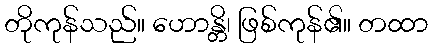
တိုကုန်သည်။ ဟောန္တိ၊ ဖြစ်ကုန်၏။ တထာ